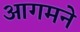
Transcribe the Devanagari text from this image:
आगमने